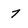
Character: 7